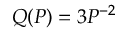
Q ( P ) = 3 P ^ { - 2 }